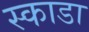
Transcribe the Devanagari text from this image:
स्काडा